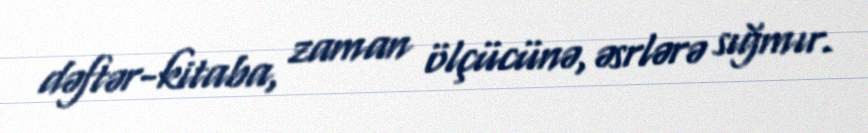
dəftər-kitaba, zaman ölçücünə, əsrlərə sığmır.